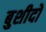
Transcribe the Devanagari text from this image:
बुशीदो